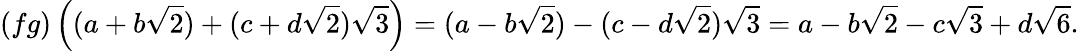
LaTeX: (fg)\left((a+b{\sqrt{2}})+(c+d{\sqrt{2}}){\sqrt{3}}\right)=(a-b{\sqrt{2}})-(c-d{\sqrt{2}}){\sqrt{3}}=a-b{\sqrt{2}}-c{\sqrt{3}}+d{\sqrt{6}}.